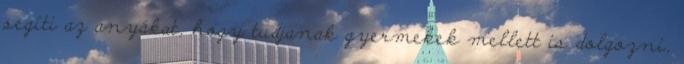
segíti az anyákat, hogy tudjanak gyermekek mellett is dolgozni,